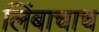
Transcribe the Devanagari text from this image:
लिंबाचाच